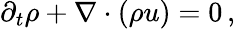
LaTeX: \partial_{t}\rho+\nabla\cdot(\rho u)=0\, ,